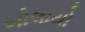
બોલાયો